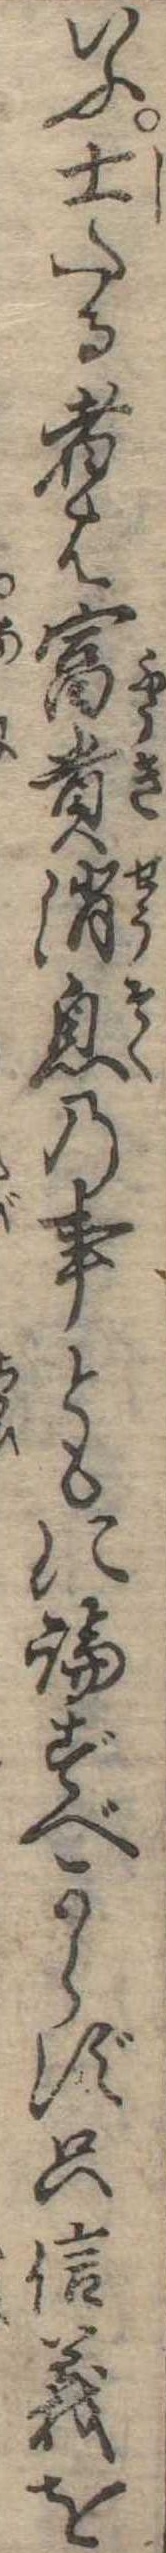
いふ士たる者は富貴消息の事ともに論ずべからず只信義を